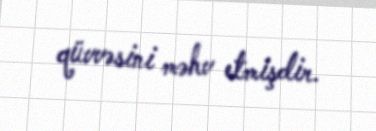
qüvvəsini məhv etmişdir.